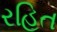
રહિત